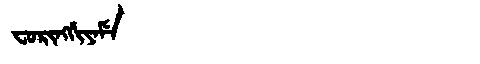
Manchu: ᠸᠣᡵᡳᠩᡤᡳᠶᠠᠮᡝ
Romanization: FORINGGIYAME